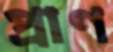
প্রাণ